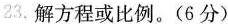
23.解方程或比例。(6分)